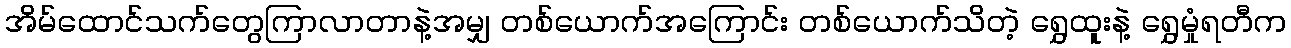
အိမ်ထောင်သက်တွေကြာလာတာနဲ့အမျှ တစ်ယောက်အကြောင်း တစ်ယောက်သိတဲ့ ရွှေထူးနဲ့ ရွှေမှုံရတီက